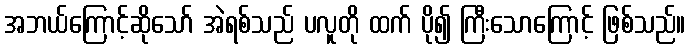
အဘယ်ကြောင့်ဆိုသော် အဲရစ်သည် ပလူတို ထက် ပို၍ ကြီးသောကြောင့် ဖြစ်သည်။